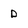
Character: D